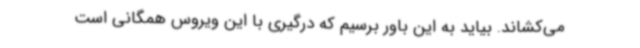
می‌کشاند. بیاید به این باور برسیم که درگیری با این ویروس همگانی است